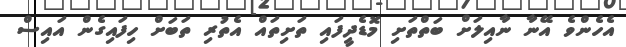
އެހެންވެ އޭނާ ނާއިލަށް ބަތްތަށި މޮޑެދީފައި ތަށިތައް އެތުރި ތަބަށް ހިފައިގެން އައިސް